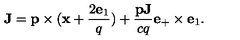
{ \bf J } = { \bf p } \times ( { \bf x } + \frac { 2 { \bf e } _ { 1 } } { q } ) + \frac { { \bf p J } } { c q } { \bf e } _ { + } \times { \bf e } _ { 1 } .